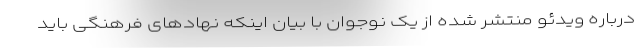
درباره ویدئو منتشر شده از یک نوجوان با بیان اینکه نهادهای فرهنگی باید